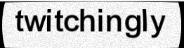
twitchingly